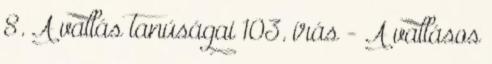
8. A vallás tanúságai 103. írás - A vallásos